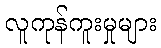
လူကုန်ကူးမှုများ